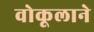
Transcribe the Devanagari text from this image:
वोकूलाने